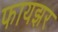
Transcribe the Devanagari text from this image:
फायझर